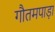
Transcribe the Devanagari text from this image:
गौतमपाड़ा